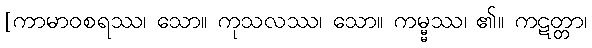
[ကာမာဝစရဿ၊ သော။ ကုသလဿ၊ သော။ ကမ္မ္မဿ၊ ၏။ ကဋတ္တာ၊